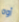
أوه